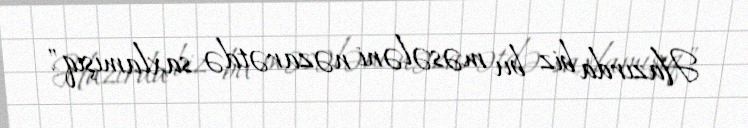
Hazırda biz bu məsələni nəzarətdə saxlamışıq".